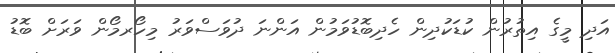
އަދި މީގެ އިތުރުން ކުޑަކުދިން ހެދިބޮޑުވަމުން އަންނަ ދުވަސްވަރު މިހޯރމޯން ވަރަށް ބޮޑު